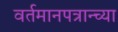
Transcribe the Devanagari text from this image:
वर्तमानपत्रान्च्या